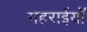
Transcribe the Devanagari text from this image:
गहराईयाँ